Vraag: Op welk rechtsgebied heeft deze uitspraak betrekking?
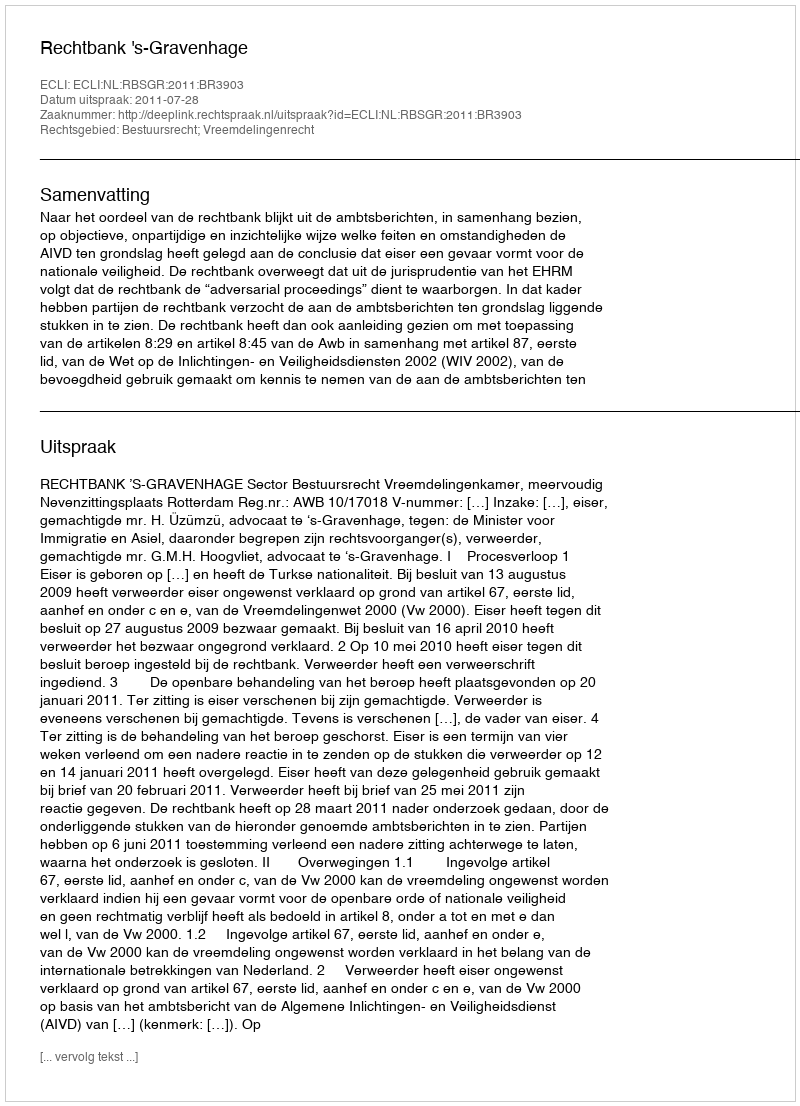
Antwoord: Bestuursrecht; Vreemdelingenrecht